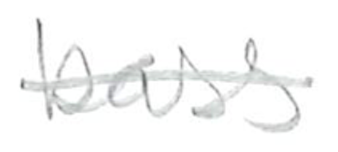
Text: bass
Cross-out: single-line
Writing tool: pencil